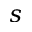
s